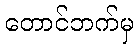
တောင်ဘက်မှ